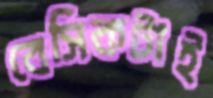
বেসিকটাই